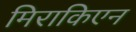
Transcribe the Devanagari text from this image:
मिराकिएन